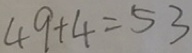
4 9 + 4 = 5 3